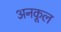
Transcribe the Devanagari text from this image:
अनकूल